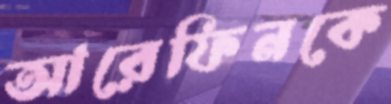
আরেফিনকে